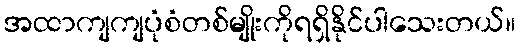
အထာကျကျပုံစံတစ်မျိုးကိုရရှိနိုင်ပါသေးတယ်။